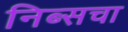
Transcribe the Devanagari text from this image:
निब्सचा